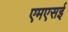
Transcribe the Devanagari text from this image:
एमएसई